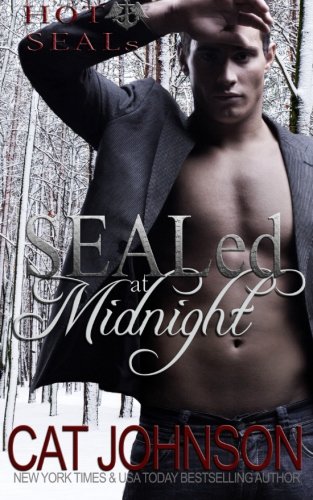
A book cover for SEALed at Midnight: Hot SEALs (Volume 3); Cat Johnson; Romance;